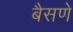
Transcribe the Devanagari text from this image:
बैसणे